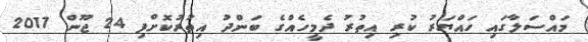
މައްސަލާގައި ހައްޔަރު ކުރި އިތުރު ދެމީހެއްގެ ބަންދު އިތުރުކޮށްފި 24 ޖޫން 2017